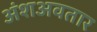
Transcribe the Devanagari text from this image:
अंशअवतार